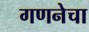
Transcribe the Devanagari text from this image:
गणनेचा